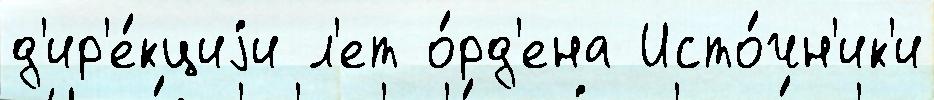
д'ир'е́кциjи л'ет о́рд'ена Исто́чн'ик'и